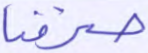
صرفنا